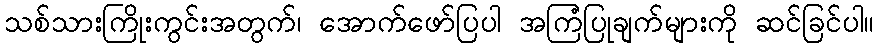
သစ်သားကြိုးကွင်းအတွက်၊ အောက်ဖော်ပြပါ အကြံပြုချက်များကို ဆင်ခြင်ပါ။